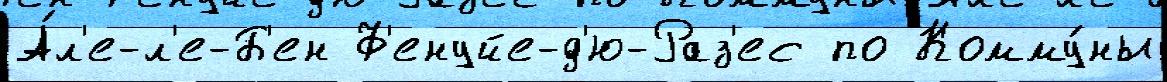
А́л'е-л'е-Б'ен Ф'енуйе-д'ю-Раз'ес по Комму́ны